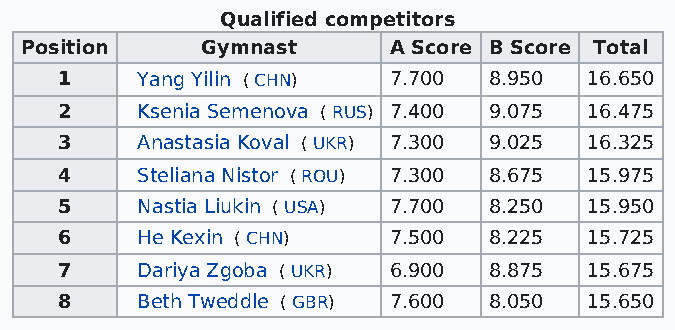
Qualified competitors
 Position    Gymnast      A Score B Score Total
 1    Yang Yilin ( CHN) 7.700 8.950 16.650
 2    Ksenia Semenova ( RUS) 7.400 9.075 16.475
 3    Anastasia Koval ( UKR) 7.300 9.025 16.325
 4    Steliana Nistor ( ROU) 7.300 8.675 15.975
 5    Nastia Liukin ( USA) 7.700 8.250 15.950
 6    He Kexin ( CHN)  7.500 8.225  15.725
 7    Dariya Zgoba ( UKR) 6.900 8.875 15.675
 8    Beth Tweddle ( GBR) 7.600 8.050 15.650